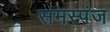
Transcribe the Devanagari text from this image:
समस्पंज